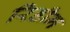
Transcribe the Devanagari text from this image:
रिडीम